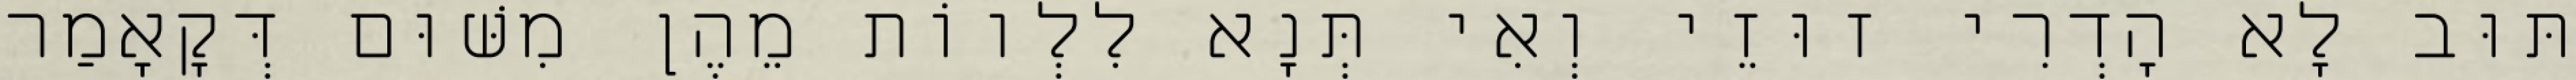
תּוּב לָא הָדְרִי זוּזֵי וְאִי תְּנָא לִלְווֹת מֵהֶן מִשּׁוּם דְּקָאָמַר